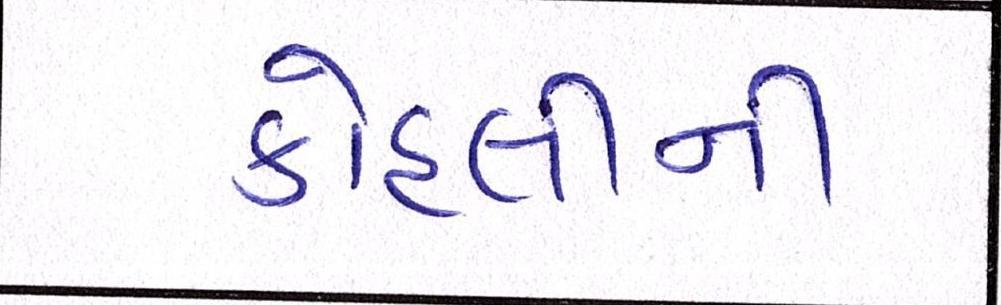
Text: કોહલીની